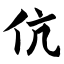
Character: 伉